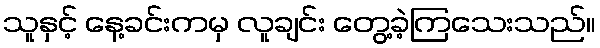
သူနှင့် နေ့ခင်းကမှ လူချင်း တွေ့ခဲ့ကြသေးသည်။